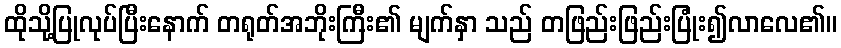
ထိုသို့ပြုလုပ်ပြီးနောက် တရုတ်အဘိုးကြီး၏ မျက်နှာ သည် တဖြည်းဖြည်းပြုံး၍လာလေ၏။